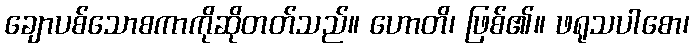
ချောပစ်သောစကာကိုဆိုတတ်သည်။ ဟောတိ၊ ဖြစ်၏။ ဖရုသပါစော၊